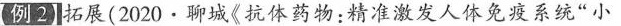
【例2】拓展(2020·聊城《抗体药物：精准激发人体免疫系统”小